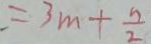
= 3 m + \frac { n } { 2 }